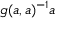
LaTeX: g ( a , a ) ^ { - 1 } a